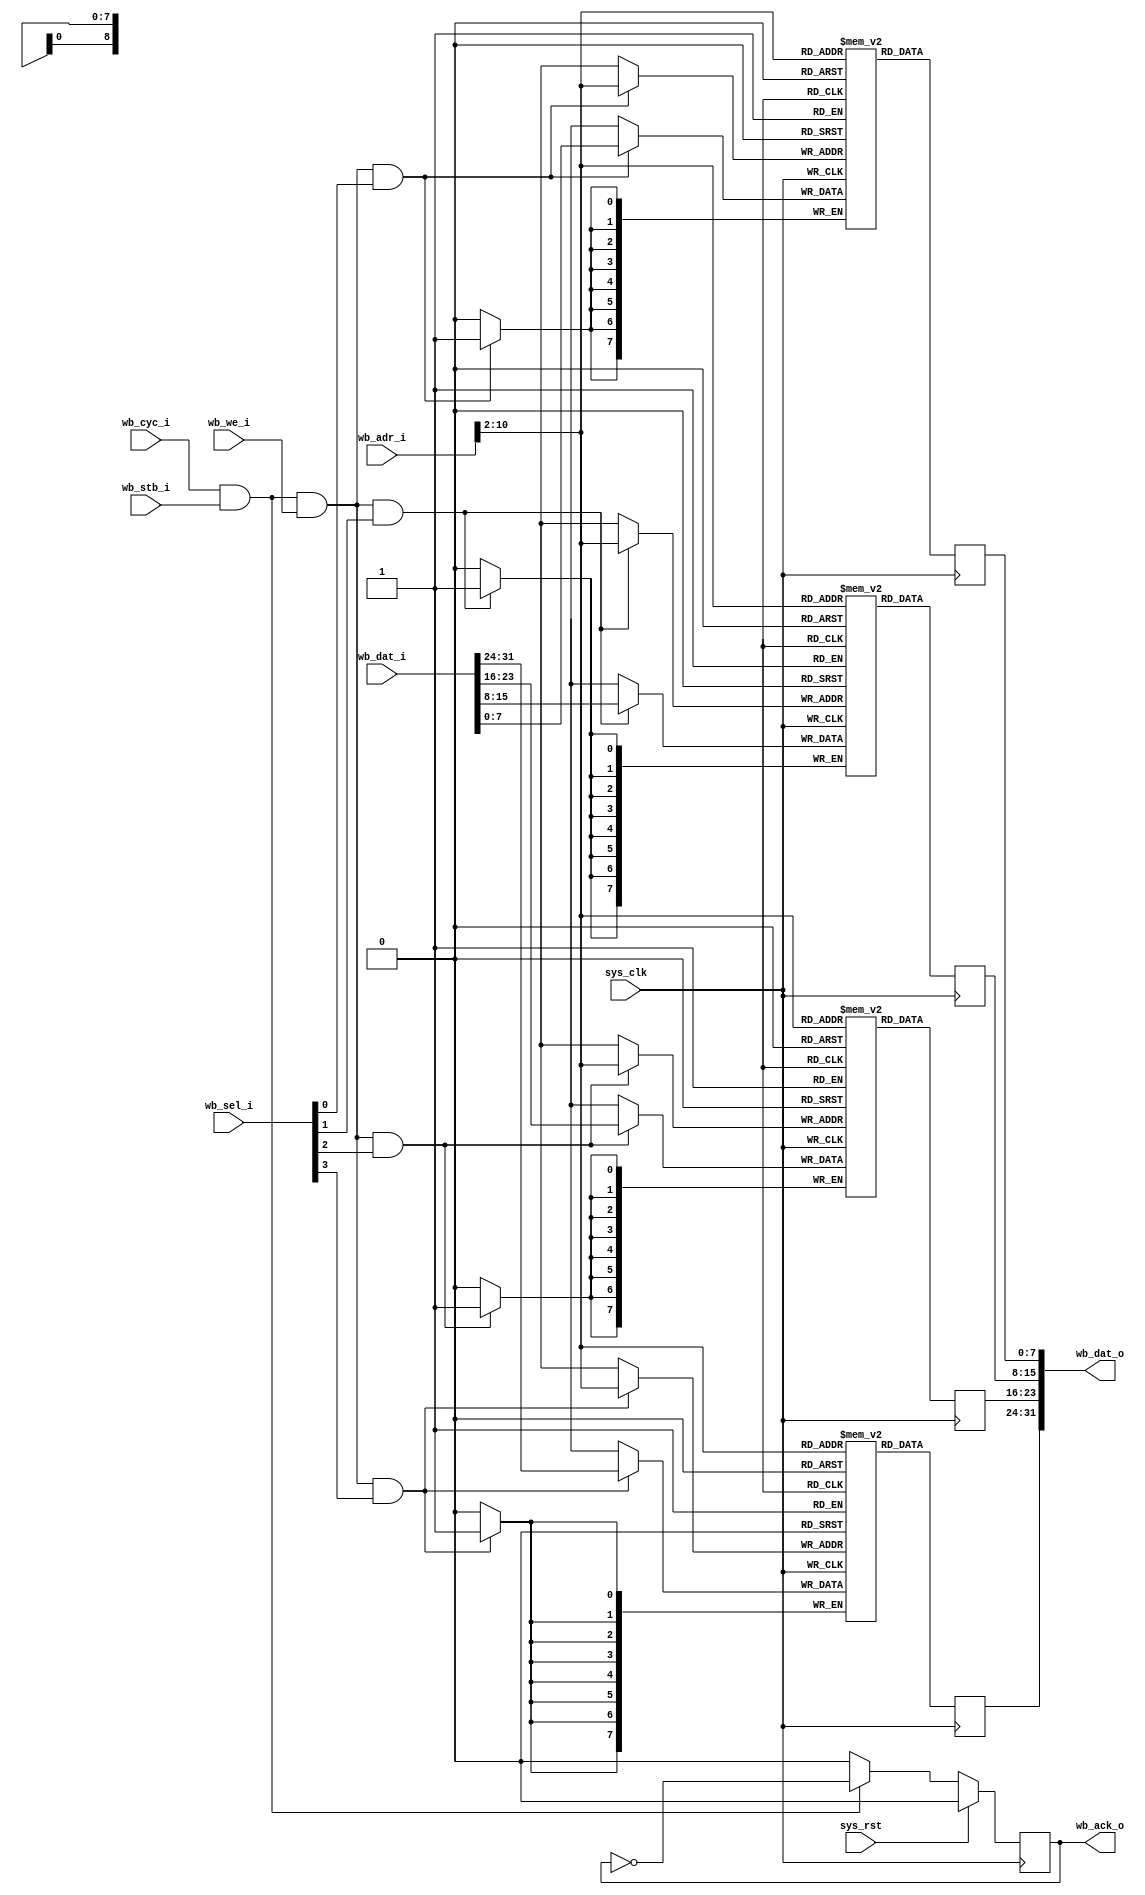
/*
 * Milkymist SoC
 * Copyright (C) 2007, 2008, 2009 Sebastien Bourdeauducq
 * Copyright (C) 2011 CERN
 *
 * This program is free software: you can redistribute it and/or modify
 * it under the terms of the GNU General Public License as published by
 * the Free Software Foundation, version 3 of the License.
 *
 * This program is distributed in the hope that it will be useful,
 * but WITHOUT ANY WARRANTY; without even the implied warranty of
 * MERCHANTABILITY or FITNESS FOR A PARTICULAR PURPOSE.  See the
 * GNU General Public License for more details.
 *
 * You should have received a copy of the GNU General Public License
 * along with this program.  If not, see <http://www.gnu.org/licenses/>.
 */

module bram #(
	parameter adr_width = 11, // in bytes
	parameter init0 = "",
	parameter init1 = "",
	parameter init2 = "",
	parameter init3 = ""
) (
	input sys_clk,
	input sys_rst,

	input wb_stb_i,
	input wb_cyc_i,
	input wb_we_i,
	output reg wb_ack_o,
	input [31:0] wb_adr_i,
	output [31:0] wb_dat_o,
	input [31:0] wb_dat_i,
	input [3:0] wb_sel_i
);

//-----------------------------------------------------------------
// Storage depth in 32 bit words
//-----------------------------------------------------------------
parameter word_width = adr_width - 2;
parameter word_depth = (1 << word_width);


//-----------------------------------------------------------------
// Actual RAM
//-----------------------------------------------------------------
reg [7:0] ram0 [0:word_depth-1];
reg [7:0] ram1 [0:word_depth-1];
reg [7:0] ram2 [0:word_depth-1];
reg [7:0] ram3 [0:word_depth-1];

initial begin
	if(init0 != "")
		$readmemh(init0, ram0);
	if(init1 != "")
		$readmemh(init1, ram1);
	if(init2 != "")
		$readmemh(init2, ram2);
	if(init3 != "")
		$readmemh(init3, ram3);
end

wire [word_width-1:0] adr;

wire [7:0] ram0di;
wire ram0we;
wire [7:0] ram1di;
wire ram1we;
wire [7:0] ram2di;
wire ram2we;
wire [7:0] ram3di;
wire ram3we;

reg [7:0] ram0do;
reg [7:0] ram1do;
reg [7:0] ram2do;
reg [7:0] ram3do;

always @(posedge sys_clk) begin
	if(ram0we)
		ram0[adr] <= ram0di;
	ram0do <= ram0[adr];
end

always @(posedge sys_clk) begin
	if(ram1we)
		ram1[adr] <= ram1di;
	ram1do <= ram1[adr];
end

always @(posedge sys_clk) begin
	if(ram2we)
		ram2[adr] <= ram2di;
	ram2do <= ram2[adr];
end

always @(posedge sys_clk) begin
	if(ram3we)
		ram3[adr] <= ram3di;
	ram3do <= ram3[adr];
end

assign ram0we = wb_cyc_i & wb_stb_i & wb_we_i & wb_sel_i[0];
assign ram1we = wb_cyc_i & wb_stb_i & wb_we_i & wb_sel_i[1];
assign ram2we = wb_cyc_i & wb_stb_i & wb_we_i & wb_sel_i[2];
assign ram3we = wb_cyc_i & wb_stb_i & wb_we_i & wb_sel_i[3];

assign ram0di = wb_dat_i[7:0];
assign ram1di = wb_dat_i[15:8];
assign ram2di = wb_dat_i[23:16];
assign ram3di = wb_dat_i[31:24];

assign wb_dat_o = {ram3do, ram2do, ram1do, ram0do};

assign adr = wb_adr_i[adr_width-1:2];

always @(posedge sys_clk) begin
	if(sys_rst)
		wb_ack_o <= 1'b0;
	else begin
		if(wb_cyc_i & wb_stb_i)
			wb_ack_o <= ~wb_ack_o;
		else
			wb_ack_o <= 1'b0;
	end
end

endmodule